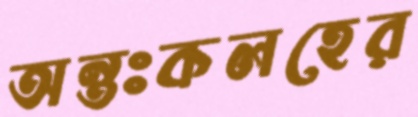
অন্তঃকলহের